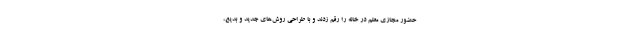
حضور مجازی معلم در خانه را رقم زدند و با طراحی روش‌های جدید و بدیع،